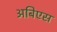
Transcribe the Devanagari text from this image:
अबिएस